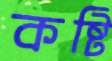
কষ্টি